Civil Veterinary Department Bihar & Orissa reports 1929-36 - 1929-1936
Year: 1929
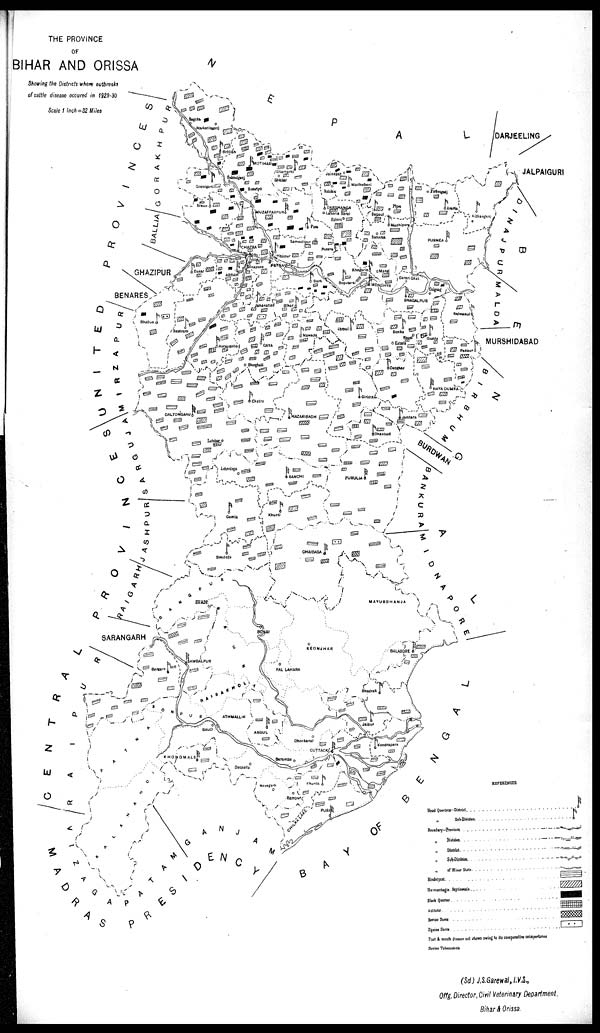
THE PROVINCE
OF
BIHAR AND ORISSA
Showing the Districts where outbreaks
of cattle disease occured in 1929-30
Sale 1 Inch = 32 Miles
REFERENCES
Head Quarters-District . . . . . . . . . . . . . .
„ Sub-Division. . . . . . . . . . . . . . . .
Boundary-Province. . . . . . . . . . . . . . . . .
„ Divison. . . . . . . . . . .
„ District. . . . . . . . . .
„ Sub-Division. . . . . . . . . .
„ of Minor State. . . . . . . . .
Rinderpest.
Hæmorrhagic Septicæmia . . . . . . . . .
Black Quarter . . . . . . . . . .
Anthrax. . . . . . . . . . .
Bovine Surra. . . . . . . . . .
Equine Surra. . . . . . . . . .
Foot & mouth disease not shown owing to its comparative unimportance
Bovin Tuberculosis
REFERENCES
(Sd) J.S.Garewal, I.V.S.,
Offg. Director, Civil Veterinary Department.
Bihar & Orissa.